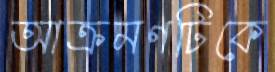
আক্রমণটিকে